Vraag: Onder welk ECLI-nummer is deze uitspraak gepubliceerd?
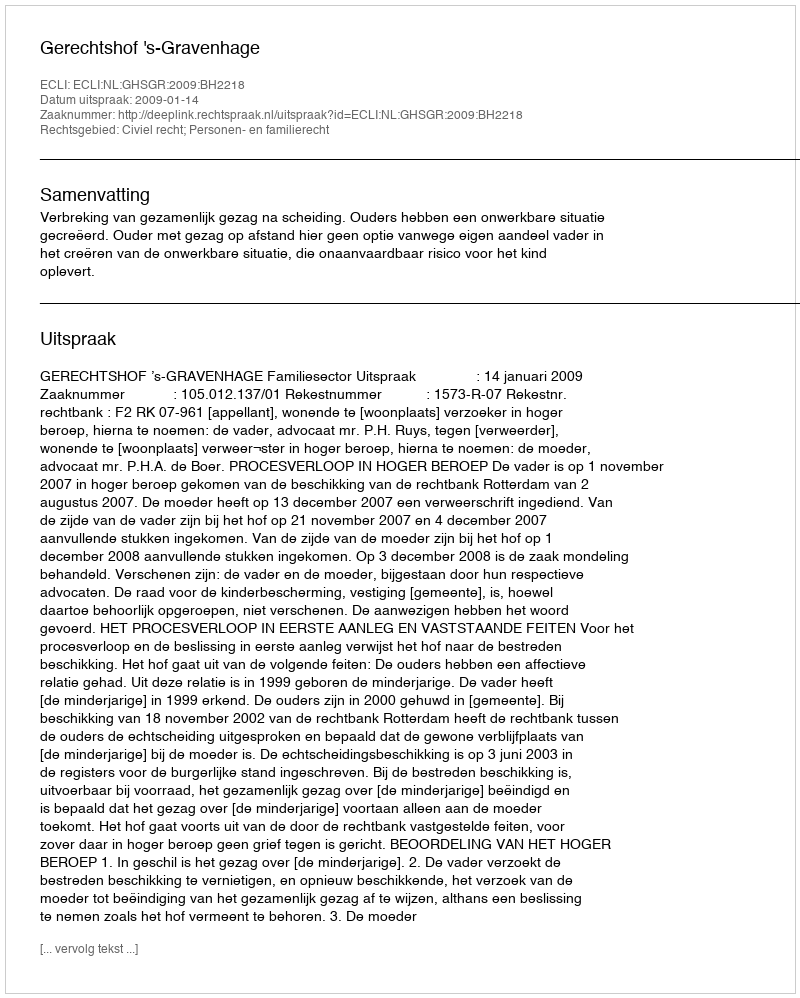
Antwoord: ECLI:NL:GHSGR:2009:BH2218